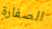
الصفارة